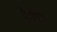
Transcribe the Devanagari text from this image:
केडीया